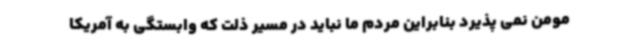
مومن نمی پذیرد بنابراین مردم ما نباید در مسیر ذلت که وابستگی به آمریکا